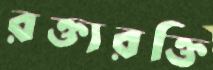
রক্তারক্তি